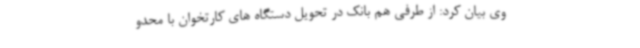
وی بیان کرد: از طرفی هم بانک در تحویل دستگاه های کارتخوان با محدو